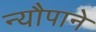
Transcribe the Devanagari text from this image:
न्यौपाने